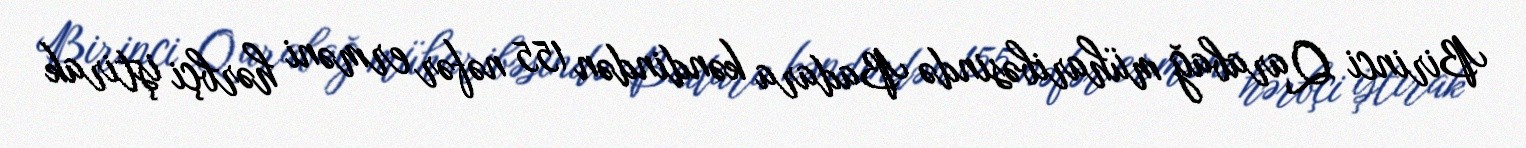
Birinci Qarabağ müharibəsində Badara kəndindən 155 nəfər erməni hərbçi iştirak